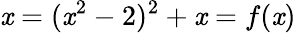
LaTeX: \mathit{x}=(\mathit{x}^{2}-2)^{2}+\mathit{x}=f(\mathit{x})